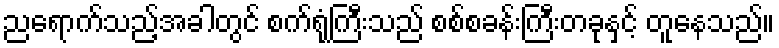
ညရောက်သည့်အခါတွင် စက်ရုံကြီးသည် စစ်စခန်းကြီးတခုနှင့် တူနေသည်။